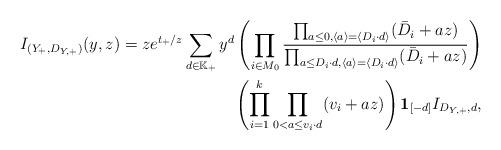
LaTeX: \begin{align*}I_{(Y_+,D_{Y,+})}(y,z)=ze^{t_+/z}\sum_{d\in\mathbb K_{+}}y^{d}\left(\prod_{i\in M_0 }\frac{\prod_{a\leq 0,\langle a\rangle=\langle D_i\cdot d\rangle}(\bar{D}_i+az)}{\prod_{a \leq D_i\cdot d,\langle a\rangle=\langle D_i\cdot d\rangle}(\bar{D}_i+az)}\right)\\\left(\prod_{i=1}^k\prod_{0<a\leq v_i\cdot d}(v_i+az)\right)\textbf{1}_{[-d]}I_{D_{Y,+},d},\end{align*}